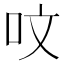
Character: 呅